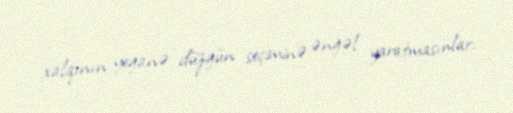
xalqının yeganə düzgün seçiminə əngəl yaratmasınlar.